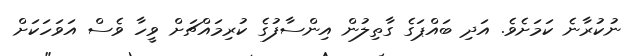
ނުކުރާނެ ކަމަށެވެ. އަދި ބައްޕަގެ ގާތިލުން އިންސާފުގެ ކުރިމައްޗަށް ވީހާ ވެސް އަވަހަކަށް